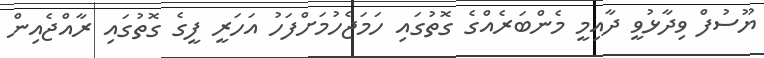
ޔޫސުފް ވިދާޅުވީ ދާއިމީ މެންބަރެއްގެ ގޮތުގައި ހަމަޖެހުމަށްފަހު އަހަރީ ފީގެ ގޮތުގައި ރާއްޖެއިން